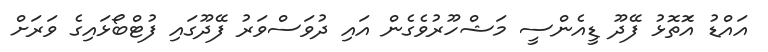
އައްޑު އަޮތޮޅު ފޭދޫ ޑީއެންސީ މަޝްހޫރުވެގެން އައި ދުވަސްވަރު ފޭދޫގައި ފުޓްބޯޅައިގެ ވަރަށް